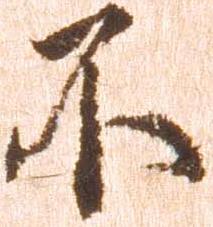
不